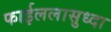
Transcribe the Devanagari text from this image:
फाईललासुध्दा